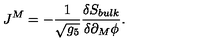
J ^ { M } = - \frac { 1 } { \sqrt { g _ { 5 } } } \frac { \delta S _ { b u l k } } { \delta \partial _ { M } \phi } .